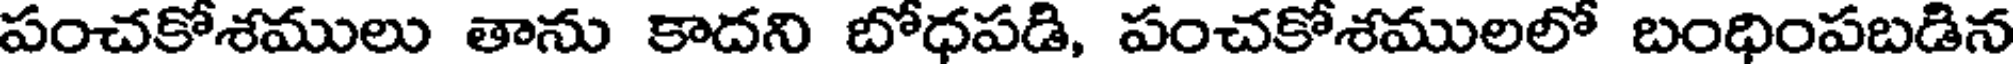
పంచకోశములు తాను కాదని బోధపడి, పంచకోశములలో బంధింపబడిన